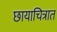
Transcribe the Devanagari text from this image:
छायाचित्रात